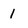
Character: 1